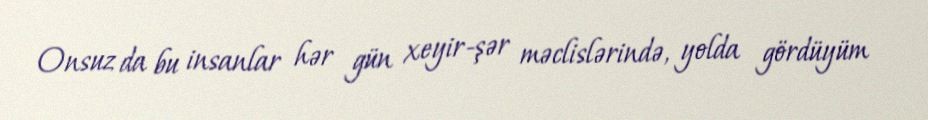
Onsuz da bu insanlar hər gün xeyir-şər məclislərində, yolda gördüyüm